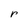
Character: r